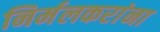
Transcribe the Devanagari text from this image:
निर्मलकरांना